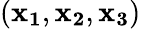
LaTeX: (\mathbf{x_{1}},\mathbf{x_{2}},\mathbf{x_{3}})